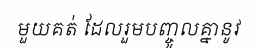
មួយគត់ ដែលរួមបញ្ចូលគ្នានូវ